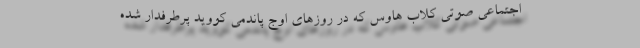
اجتماعی صوتی کلاب هاوس که در روزهای اوج پاندمی کووید پرطرفدار شده